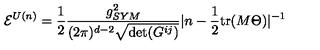
{ \cal E } ^ { U ( n ) } = \frac { 1 } { 2 } \frac { g _ { S Y M } ^ { 2 } } { ( 2 \pi ) ^ { d - 2 } \sqrt { \det ( G ^ { i j } ) } } | n - \frac { 1 } { 2 } \mathrm { t r } ( M \Theta ) | ^ { - 1 } \,